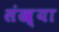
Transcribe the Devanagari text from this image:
संख़्या